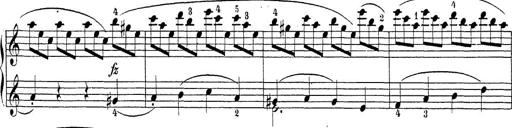
Title: Sonatina Album
Composer: Louis KÃ¶hler